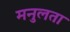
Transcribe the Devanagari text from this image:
मनुलता